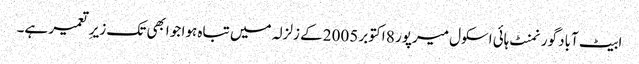
ابیٹ آباد گورنمنٹ ہائی اسکول میرپور 8 اکتوبر 2005 کے زلزلہ میں تباہ ہوا جو ابھی تک زیرِ تعمیر ہے۔